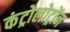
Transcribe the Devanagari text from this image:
कंट्रोलोट्रोंन